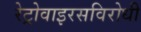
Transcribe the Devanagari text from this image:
रेट्रोवाइरसविरोधी